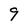
Character: 9